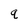
Character: q